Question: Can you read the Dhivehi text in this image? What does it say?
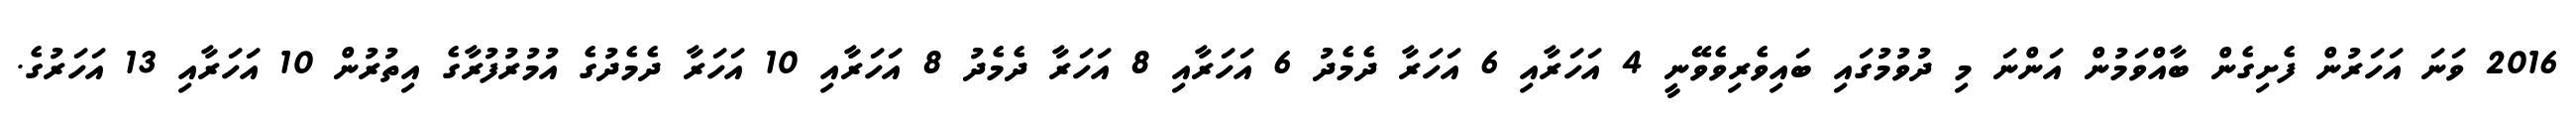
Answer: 2016 ވަނަ އަހަރުން ފެށިގެން ބާއްވަމުން އަންނަ މި ދުވުމުގައި ބައިވެރިވެވޭނީ 4 އަހަރާއި 6 އަހަރާ ދެމެދު 6 އަހަރާއި 8 އަހަރާ ދެމެދު 8 އަހަރާއި 10 އަހަރާ ދެމެދުގެ އުމުރުފުރާގެ އިތުރުން 10 އަހަރާއި 13 އަހަރުގެ.